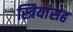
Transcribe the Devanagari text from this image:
स्त्रियांसह